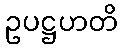
ဥပဋ္ဌဟတိ